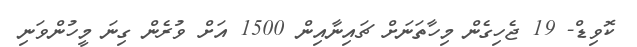
ކޮވިޑް- 19 ޖެހިގެން މިހާތަނަށް ޗައިނާއިން 1500 އަށް ވުރެން ގިނަ މީހުންވަނި